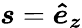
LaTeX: \boldsymbol{s}=\boldsymbol{\hat{e}_{z}}